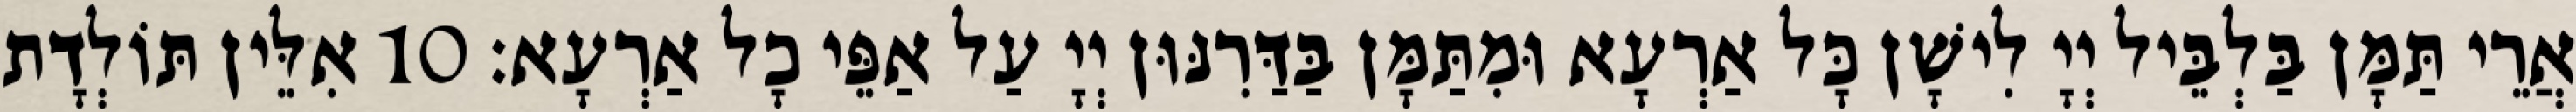
אֲרֵי תַּמָּן בַּלְבֵּיל יְיָ לִישָׁן כָּל אַרְעָא וּמִתַּמָּן בַּדַּרִנּוּן יְיָ עַל אַפֵּי כָל אַרְעָא׃ 10 אִלֵּין תּוֹלְדָת